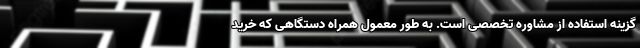
گزینه استفاده از مشاوره تخصصی است. به طور معمول همراه دستگاهی که خرید